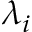
\lambda _ { i }